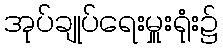
အုပ်ချုပ်ရေးမှူးရုံး၌